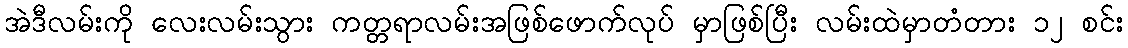
အဲဒီလမ်းကို လေးလမ်းသွား ကတ္တရာလမ်းအဖြစ်ဖောက်လုပ် မှာဖြစ်ပြီး လမ်းထဲမှာတံတား ၁၂ စင်း